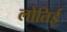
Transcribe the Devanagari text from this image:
लोतिई